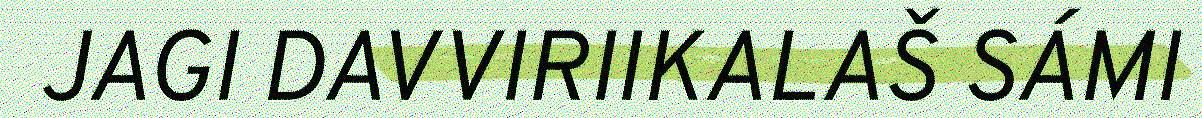
JAGI DAVVIRIIKALAŠ SÁMI